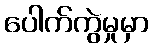
ပေါက်ကွဲမှုမှာ